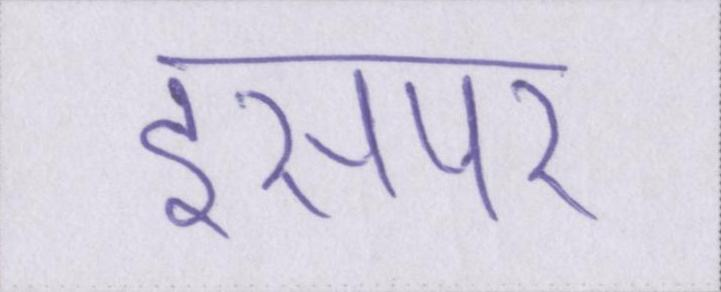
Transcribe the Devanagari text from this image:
इसपर